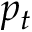
p _ { t }